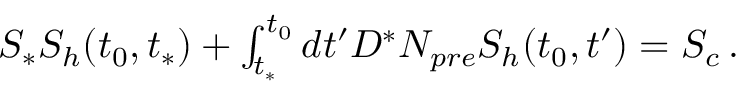
\begin{array} { r } { S _ { * } S _ { h } ( t _ { 0 } , t _ { * } ) + \int _ { t _ { * } } ^ { t _ { 0 } } d t ^ { \prime } D ^ { * } N _ { p r e } S _ { h } ( t _ { 0 } , t ^ { \prime } ) = S _ { c } \, . } \end{array}